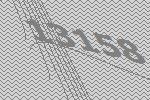
13158